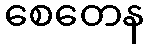
စေတေန